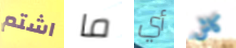
اشتم ما أي كاش